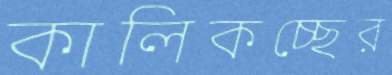
কালিকচ্ছের